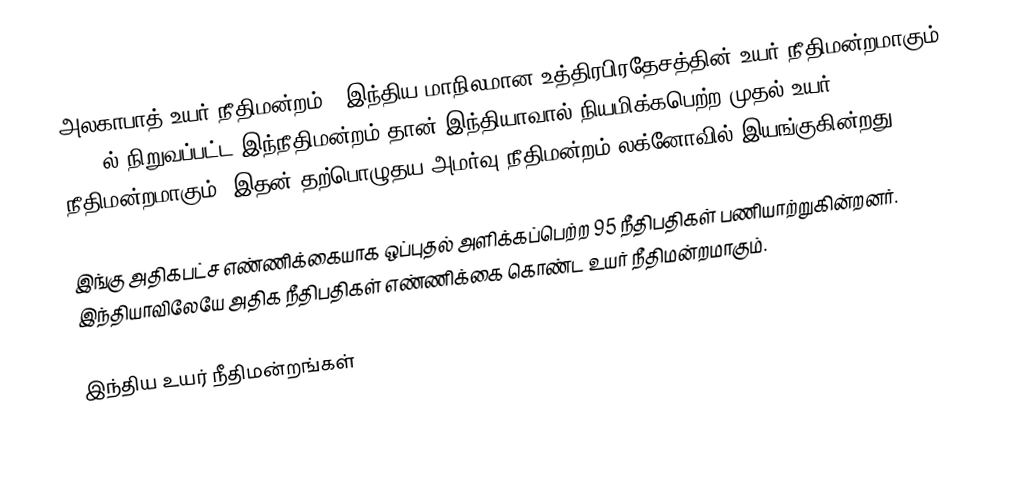
அலகாபாத் உயர் நீதிமன்றம் - இந்திய மாநிலமான உத்திரபிரதேசத்தின் உயர் நீதிமன்றமாகும்.  1950 ல் நிறுவப்பட்ட இந்நீதிமன்றம் தான் இந்தியாவால் நியமிக்கபெற்ற முதல் உயர் நீதிமன்றமாகும். இதன் தற்பொழுதய அமர்வு நீதிமன்றம் லக்னோவில் இயங்குகின்றது.

இங்கு அதிகபட்ச எண்ணிக்கையாக ஒப்புதல் அளிக்கப்பெற்ற 95 நீதிபதிகள் பணியாற்றுகின்றனர். இந்தியாவிலேயே அதிக நீதிபதிகள் எண்ணிக்கை கொண்ட  உயர் நீதிமன்றமாகும்.

இந்திய உயர் நீதிமன்றங்கள்